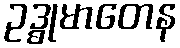
ဥဒ္ဓုမာတေန